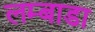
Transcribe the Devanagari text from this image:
लम्बाडा